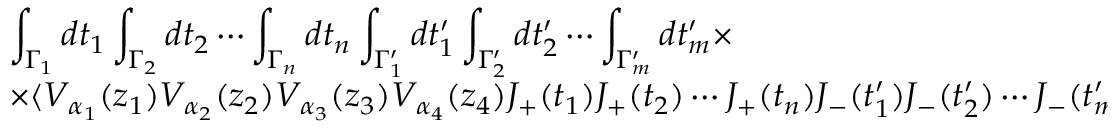
\begin{array} { r c l } { { } } & { { } } & { { \displaystyle \int _ { \Gamma _ { 1 } } d t _ { 1 } \int _ { \Gamma _ { 2 } } d t _ { 2 } \cdots \int _ { \Gamma _ { n } } d t _ { n } \int _ { \Gamma _ { 1 } ^ { \prime } } d t _ { 1 } ^ { \prime } \int _ { \Gamma _ { 2 } ^ { \prime } } d t _ { 2 } ^ { \prime } \cdots \int _ { \Gamma _ { m } ^ { \prime } } d t _ { m } ^ { \prime } \times } } \\ { { } } & { { } } & { { \times \langle V _ { \alpha _ { 1 } } ( z _ { 1 } ) V _ { \alpha _ { 2 } } ( z _ { 2 } ) V _ { \alpha _ { 3 } } ( z _ { 3 } ) V _ { \alpha _ { 4 } } ( z _ { 4 } ) J _ { + } ( t _ { 1 } ) J _ { + } ( t _ { 2 } ) \cdots J _ { + } ( t _ { n } ) J _ { - } ( t _ { 1 } ^ { \prime } ) J _ { - } ( t _ { 2 } ^ { \prime } ) \cdots J _ { - } ( t _ { m } ^ { \prime } ) \rangle ~ . } } \end{array}